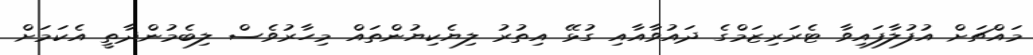
މައްޗަށް އުފުލާފައިވާ ޓެރަރިޒަމްގެ ދައުވާއާއި ގުޅޭ އިތުރު ލިޔެކިޔުންތައް މިހާރުވެސް ލިބެމުންދާތީ އެކަމަށް